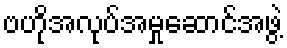
ဗဟိုအလုပ်အမှုဆောင်အဖွဲ့